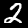
Digit: 2